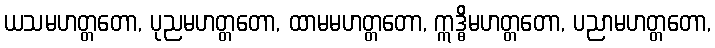
ယသမဟတ္တတော, ပုညမဟတ္တတော, ထာမမဟတ္တတော, ဣဒ္ဓိမဟတ္တတော, ပညာမဟတ္တတော,